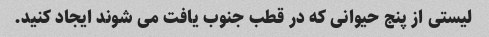
لیستی از پنج حیوانی که در قطب جنوب یافت می شوند ایجاد کنید.